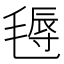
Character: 𣯋